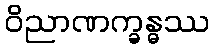
ဝိညာဏက္ခန္ဓဿ